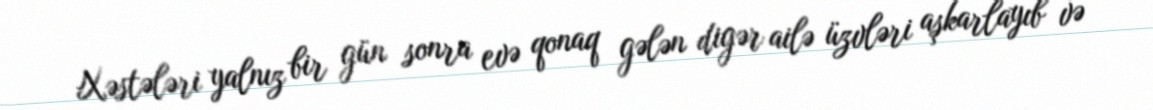
Xəstələri yalnız bir gün sonra evə qonaq gələn digər ailə üzvləri aşkarlayıb və